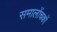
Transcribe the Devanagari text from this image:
समालोंचकों